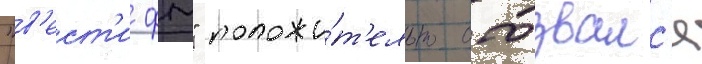
"в'ест'и фм" положи́т'ельно отозвалс'я